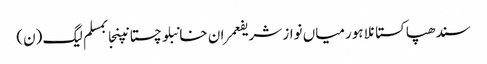
سندھپاکستانلاہورمیاں نواز شریفعمران خانبلوچستانپنجابمسلم لیگ (ن)